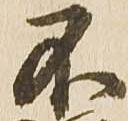
不